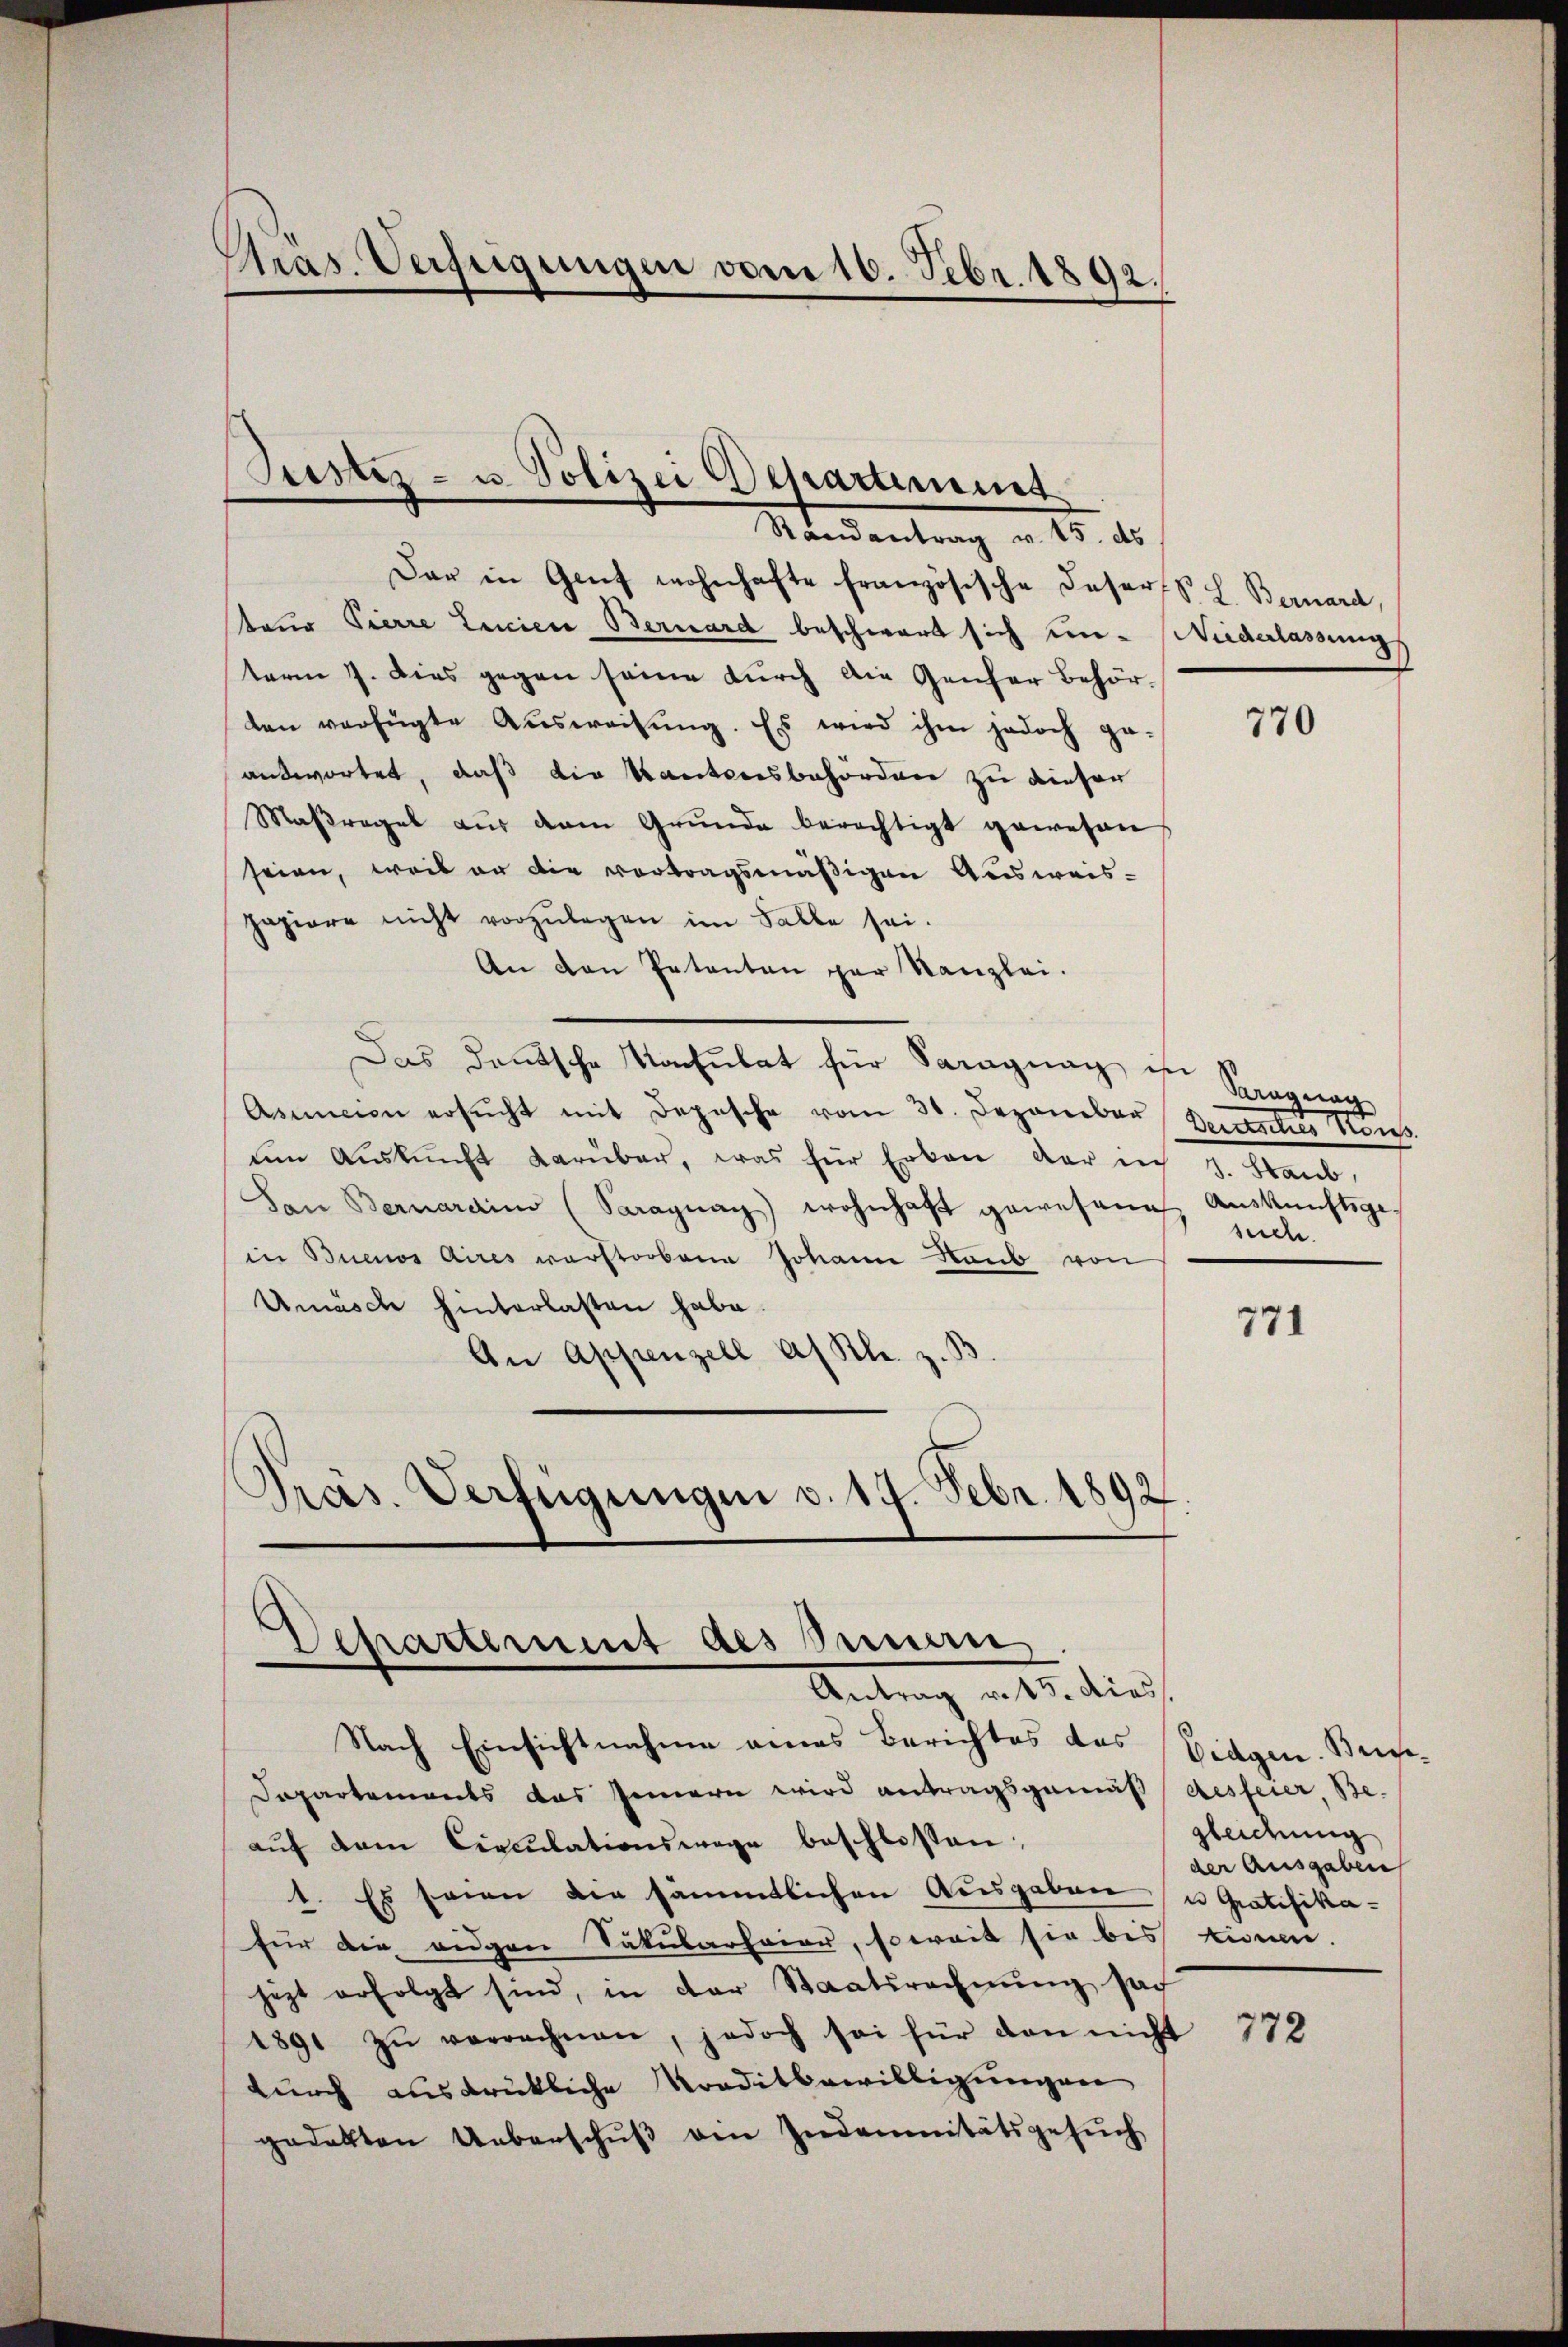
Pras. Verfügungen vom 16. Febr. 1892.

Suster - u. Polizei Departement

Randantrag v. 15. ds
Dar in Genf wohnhafte französische Faser S. L. Bernard,
tauo Pierre Linien Bernard beschwart sich un- Niederlassung
term 7. Dies gegen seine durch die Genfer Behörden verfügte Aŭsweisŭng. Es wird ihm jedoch ge-
antwortet, daß die Kantonsbehörden zu dieser
Maßregel aus dem Grunde berechtigt gewesen
seien, weil an die vortragsmäßigen Ausweis-
papiere nicht vorzŭlegen im Falle sei.
An den Petenten par Kanzlei.
Das deutsche Konsulat für Saragung in
Asuncion ersŭcht mit Depesche vom 31. Dezember Deiner Kons.
ŭm Aŭskŭnft darüber, was für Erben der in 4. Graub
an Bernardin (Paraguay) wohnhaft gewesene Auskunftsge-
in Buenos Aires verstorbene Johann Raub von
Umasch hinterlasten habe.
An Appenzell a/Rh. z. B
Präs. Verfügungen v. 17. Febr. 1892

Chartement des Sauern

Antrag v. 15. dies

Nach Einsichtnahme eines Berichtes das
Departements das Innern wird antragsgemäß desfeier, Be-
aŭf dem Circŭlationswege beschlossen:
1. Es seien die sämmtlichen Ausgaben u. Gratifika-
für die eigen Säkularfeier, soweit sie bis einen.
jezt erfolgt sind, in der Staatsrechnŭng sach
1891 zŭ verrechnen, jedoch sei für dan nicht
durch ausdrückliche Kreditbewilligungen
gedekten Ueberschuß ein Indemnitätsgesuch

770

Paragung
such.

771

Eidgen. Beichzleidung
der Ausgaben

772